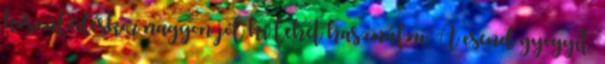
készülődéskor nagyon jól ki lehet használni. A csend gyógyít.